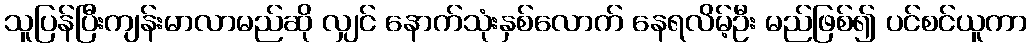
သူပြန်ပြီးကျန်းမာလာမည်ဆို လျှင် နောက်သုံးနှစ်လောက် နေရလိမ့်ဦး မည်ဖြစ်၍ ပင်စင်ယူကာ